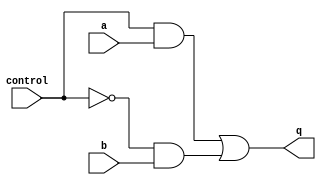
`timescale 1ns / 1ps
//////////////////////////////////////////////////////////////////////////////////
// Company: 
// Engineer: 
// 
// Design Name: 
// Module Name: mux_2_x_1
// Project Name: 
// Target Devices: 
// Tool Versions: 
// Description: 
// 
// Dependencies: 
// 
// Revision:
// Revision 0.01 - File Created
// Additional Comments:
// 
//////////////////////////////////////////////////////////////////////////////////


module mux_2_x_1(
    output reg q,
    input control,
    input a,
    input b
    );
    
    always @(control or a or b)
        q = (control & a) | ((~control) & b);
        
    
endmodule